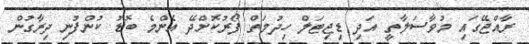
ރާއްޖޭގައި މުވާސަލާތީ އަދި ޑިޖިޓަލް ހިދުމަތް ފޯރުކޮށްދޭ އެންމެ ބޮޑު ކުންފުނި ދިރާގުން